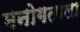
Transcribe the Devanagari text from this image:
मनोगताला